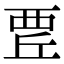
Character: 𧟬